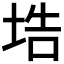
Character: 𡌃